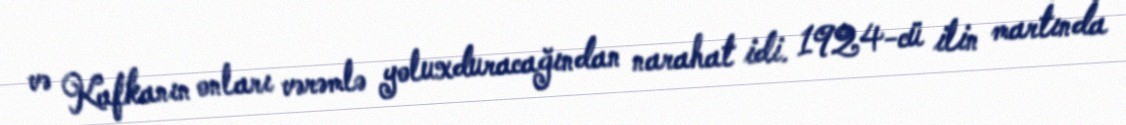
və Kafkanın onları vərəmlə yoluxduracağından narahat idi. 1924-cü ilin martında